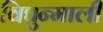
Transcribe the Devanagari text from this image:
विद्युन्माली